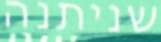
שניתנה